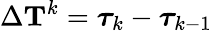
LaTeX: \Delta\mathbf{T}^{k}=\boldsymbol{\tau}_{k}-\boldsymbol{\tau}_{k-1}